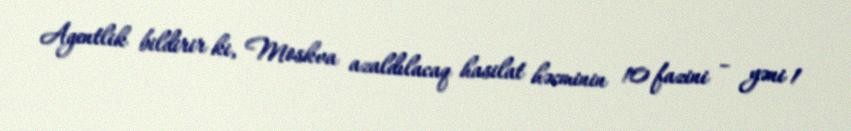
Agentlik bildirir ki, Moskva azaldılacaq hasilat həcminin 10 fazini – yəni 1